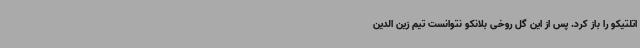
اتلتیکو را باز کرد. پس از این گل روخی بلانکو نتوانست تیم زین الدین